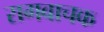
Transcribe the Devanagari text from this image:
रागवाचक